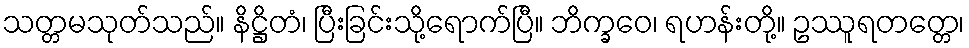
သတ္တမသုတ်သည်။ နိဋ္ဌိတံ၊ ပြီးခြင်းသို့ရောက်ပြီ။ ဘိက္ခဝေ၊ ရဟန်းတို့။ ဥဿူရတတ္တေ၊